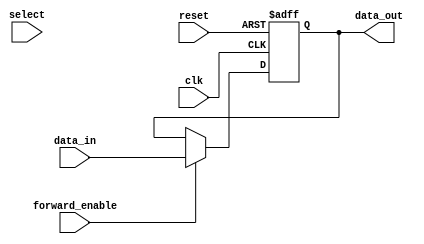
module ForwardingRegister (
    input wire clk,                // Clock signal
    input wire reset,              // Asynchronous reset signal
    input wire [31:0] data_in,     // Input data to be stored
    input wire forward_enable,      // Control signal to enable forwarding
    input wire [1:0] select,        // Control signal to select between multiple inputs
    output reg [31:0] data_out      // Output data
);

// Internal registers to hold the values for forwarding
reg [31:0] reg_value;

// Always block triggered on the rising edge of the clock or the reset signal
always @(posedge clk or posedge reset) begin
    if (reset) begin
        // Reset the register to a predefined default (usually zero)
        reg_value <= 32'b0;
    end else if (forward_enable) begin
        // Capture the input data when forwarding is enabled
        reg_value <= data_in;
    end
    // If forward_enable is not active, retain the previous value
end

// Output logic to reflect the current state of the register
always @(*) begin
    case (select)
        2'b00: data_out = reg_value;           // Forward the stored value
        // Additional cases can be added here for more forwarding paths if needed
        default: data_out = reg_value;         // Default case
    endcase
end

endmodule